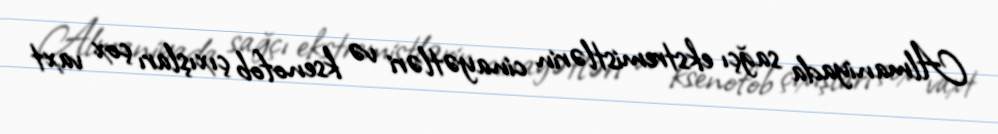
Almaniyada sağçı ekstremistlərin cinayətləri və ksenofob çıxışları çox vaxt